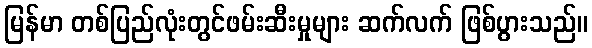
မြန်မာ တစ်ပြည်လုံးတွင်ဖမ်းဆီးမှုများ ဆက်လက် ဖြစ်ပွားသည်။